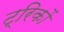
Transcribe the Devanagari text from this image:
ट्रिकों